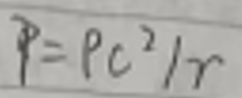
$P = Pc^{2}/r$